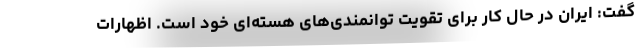
گفت: ایران در حال کار برای تقویت توانمندی‌های هسته‌ای خود است. اظهارات